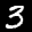
Label: 3